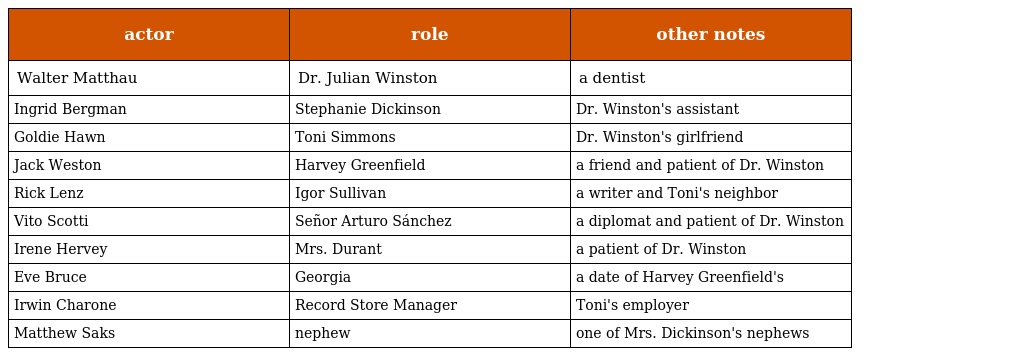
| actor | role | other notes |
 | --- | --- | --- |
 | Walter Matthau | Dr. Julian Winston | a dentist |
 | Ingrid Bergman | Stephanie Dickinson | Dr. Winston's assistant |
 | Goldie Hawn | Toni Simmons | Dr. Winston's girlfriend |
 | Jack Weston | Harvey Greenfield | a friend and patient of Dr. Winston |
 | Rick Lenz | Igor Sullivan | a writer and Toni's neighbor |
 | Vito Scotti | Señor Arturo Sánchez | a diplomat and patient of Dr. Winston |
 | Irene Hervey | Mrs. Durant | a patient of Dr. Winston |
 | Eve Bruce | Georgia | a date of Harvey Greenfield's |
 | Irwin Charone | Record Store Manager | Toni's employer |
 | Matthew Saks | nephew | one of Mrs. Dickinson's nephews |